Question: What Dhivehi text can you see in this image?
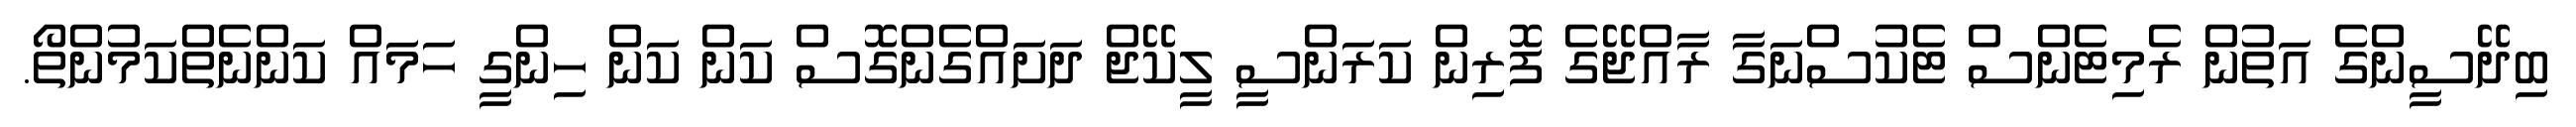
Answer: ބިދޭސީންގެ އަތުން ރެމިޓެންސް ޓެކުސްނަގާ ރާއްޖޭގެ ފޮރިން ކަރަންސީ ލީކޭޖް ދަށައްގެންގޮސް ކަން ކަން ހިންގީ ހަމައް ކަންނެތްކަމުންތޯ.